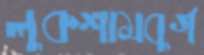
লুকশামবুর্গ